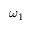
\omega _ { 1 }